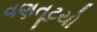
વણતૂટયો